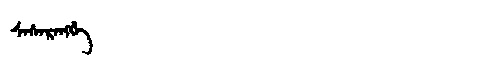
Manchu: ᠰᠠᠰᠠᡵᠠᠩᡤᡝ
Romanization: SASARANGGE